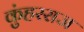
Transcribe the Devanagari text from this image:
कुंहरराज